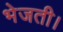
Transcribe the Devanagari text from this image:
भेजती।